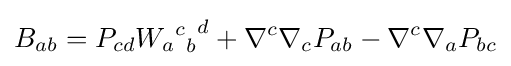
B_{ab}=P_{cd}{{{W_{a}}^{c}}_{b}}^{d}+\nabla ^{c}\nabla _{c}P_{ab}-\nabla ^{c}\nabla _{a}P_{bc}